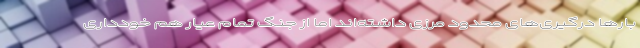
بارها درگیری‌های محدود مرزی داشته‌اند اما از جنگ تمام عیار هم خودداری